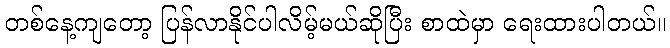
တစ်နေ့ကျတော့ ပြန်လာနိုင်ပါလိမ့်မယ်ဆိုပြီး စာထဲမှာ ရေးထားပါတယ်။